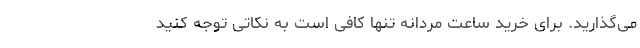
می‌گذارید. برای خرید ساعت مردانه تنها کافی است به نکاتی توجه کنید